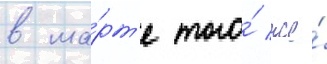
в ма́рт'е того́ же́